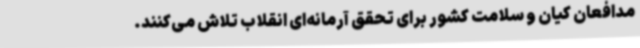
مدافعان کیان و سلامت کشور برای تحقق آرمانه‌ای انقلاب تلاش می‌کنند.